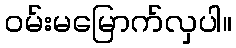
ဝမ်းမမြောက်လှပါ။